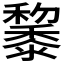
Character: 𪐅